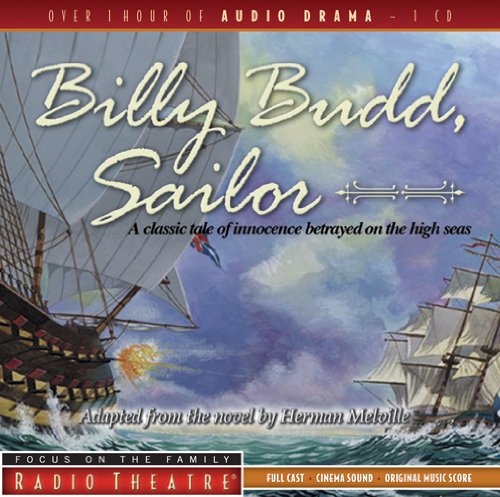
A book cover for Billy Budd, Sailor (Radio Theatre); Humor & Entertainment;